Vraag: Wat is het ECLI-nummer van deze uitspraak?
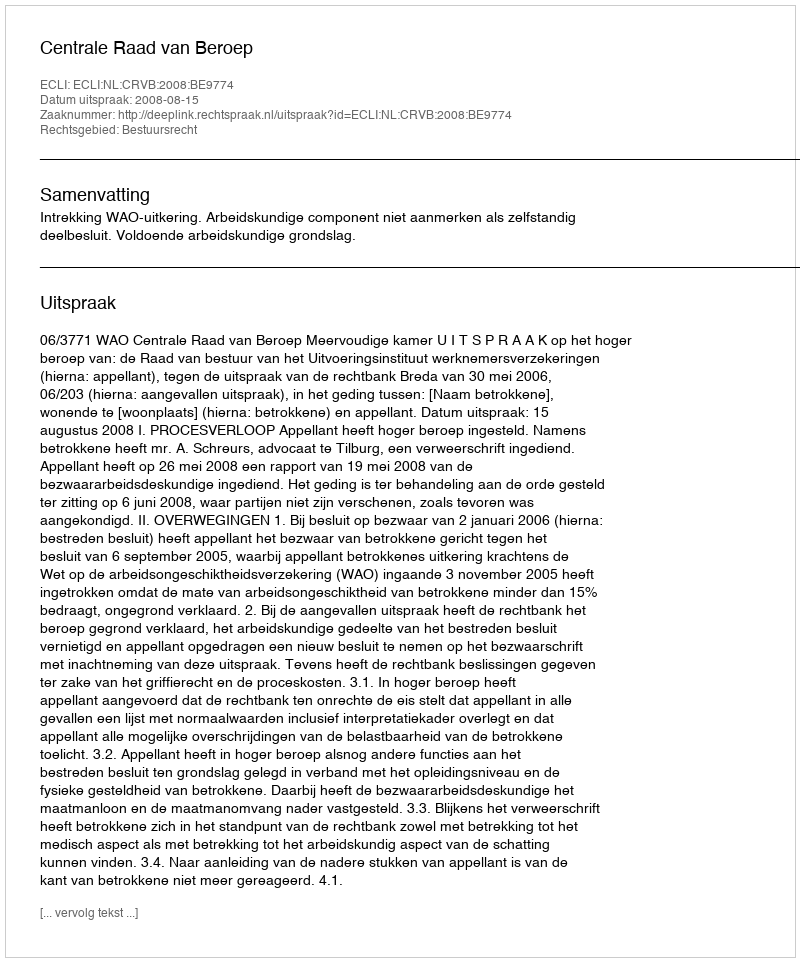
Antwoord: ECLI:NL:CRVB:2008:BE9774